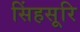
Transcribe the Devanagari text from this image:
सिंहसूरि